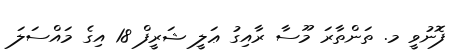
ފޮނުވީ މ. ތަންތާރަ މޫސާ ރާއިގު ޢަލީ ޝަރީފް 18 އިގެ މައްސަލަ